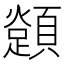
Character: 𩕈